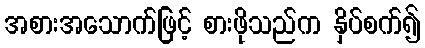
အစားအသောက်ဖြင့် စားဖိုသည်က နှိပ်စက်၍